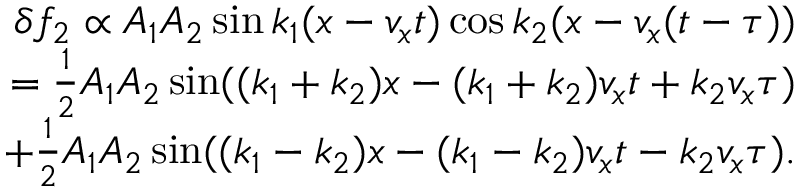
\begin{array} { r } { \delta f _ { 2 } \propto A _ { 1 } A _ { 2 } \sin k _ { 1 } ( x - v _ { x } t ) \cos k _ { 2 } ( x - v _ { x } ( t - \tau ) ) } \\ { = \frac { 1 } { 2 } A _ { 1 } A _ { 2 } \sin ( ( k _ { 1 } + k _ { 2 } ) x - ( k _ { 1 } + k _ { 2 } ) v _ { x } t + k _ { 2 } v _ { x } \tau ) } \\ { + \frac { 1 } { 2 } A _ { 1 } A _ { 2 } \sin ( ( k _ { 1 } - k _ { 2 } ) x - ( k _ { 1 } - k _ { 2 } ) v _ { x } t - k _ { 2 } v _ { x } \tau ) . } \end{array}